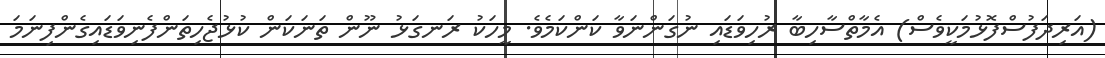
(އަރިދަފުސްފޮޅުމަކީވެސް) އެމާތްސާހިބާ ރުހިވަޑައި ނުގަންނަވާ ކަންކަމެވެ. މީހަކު ރަނގަޅު ނޫން ތަނަކަން ކުޅުޖެހިތަންފެނިވަޑައިގެންފިނަމަ